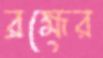
ব্রহ্মের